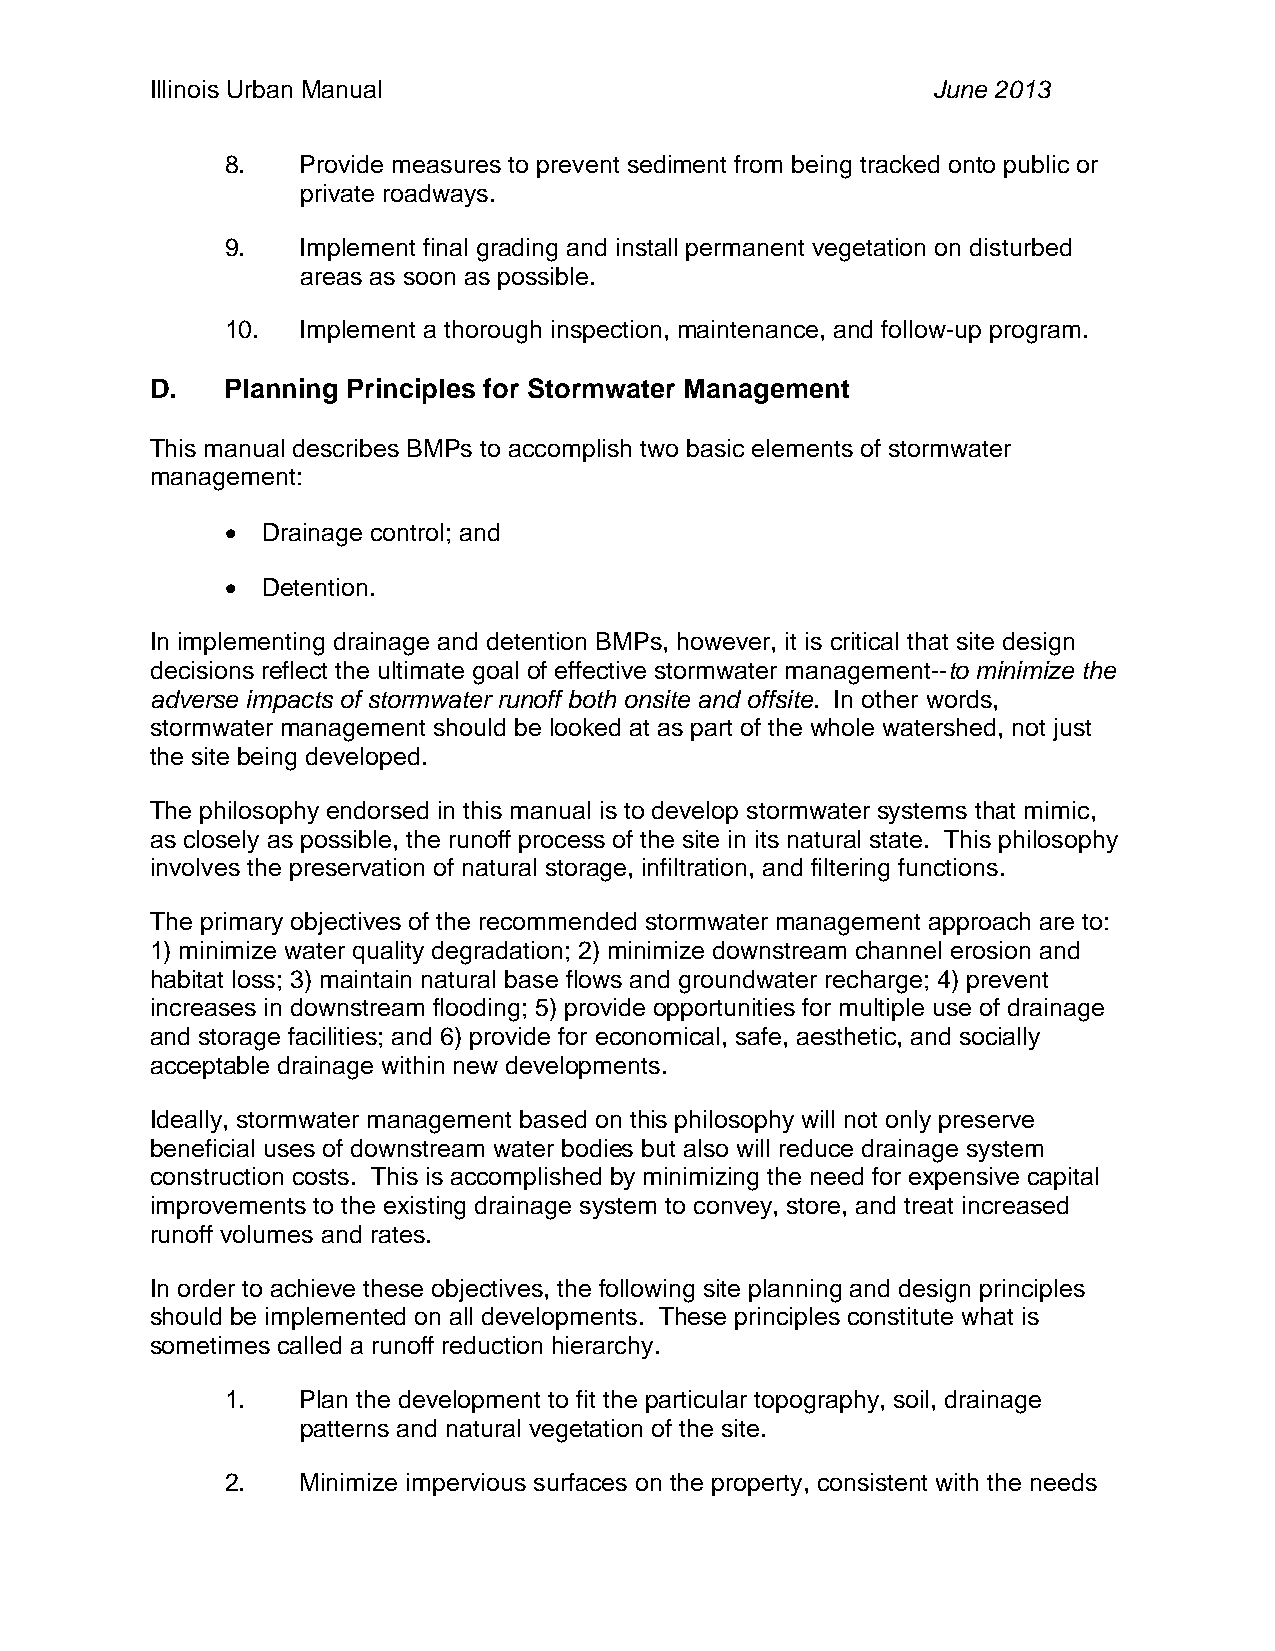
Illinois Urban Manual                               June 2013
 8.   Provide measures to prevent sediment from being tracked onto public or
 private roadways.
 9.   Implement final grading and install permanent vegetation on disturbed
 areas as soon as possible.
 10.  Implement a thorough inspection, maintenance, and follow-up program.
 D.   Planning Principles for Stormwater Management
 This manual describes BMPs to accomplish two basic elements of stormwater
 management:
  Drainage control; and
  Detention.
 In implementing drainage and detention BMPs, however, it is critical that site design
 decisions reflect the ultimate goal of effective stormwater management--to minimize the
 adverse impacts of stormwater runoff both onsite and offsite. In other words,
 stormwater management should be looked at as part of the whole watershed, not just
 the site being developed.
 The philosophy endorsed in this manual is to develop stormwater systems that mimic,
 as closely as possible, the runoff process of the site in its natural state. This philosophy
 involves the preservation of natural storage, infiltration, and filtering functions.
 The primary objectives of the recommended stormwater management approach are to:
 1) minimize water quality degradation; 2) minimize downstream channel erosion and
 habitat loss; 3) maintain natural base flows and groundwater recharge; 4) prevent
 increases in downstream flooding; 5) provide opportunities for multiple use of drainage
 and storage facilities; and 6) provide for economical, safe, aesthetic, and socially
 acceptable drainage within new developments.
 Ideally, stormwater management based on this philosophy will not only preserve
 beneficial uses of downstream water bodies but also will reduce drainage system
 construction costs. This is accomplished by minimizing the need for expensive capital
 improvements to the existing drainage system to convey, store, and treat increased
 runoff volumes and rates.
 In order to achieve these objectives, the following site planning and design principles
 should be implemented on all developments. These principles constitute what is
 sometimes called a runoff reduction hierarchy.
 1.   Plan the development to fit the particular topography, soil, drainage
 patterns and natural vegetation of the site.
 2.   Minimize impervious surfaces on the property, consistent with the needs